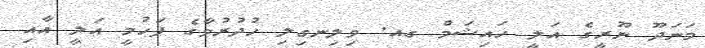
މަނަދޫ ނޫރީގެ އަލީ ހައިޝަމް ގއ. ވިލިނގިލި ހުދުރުވާގެ ފަހުމީ އަލީ އާއި